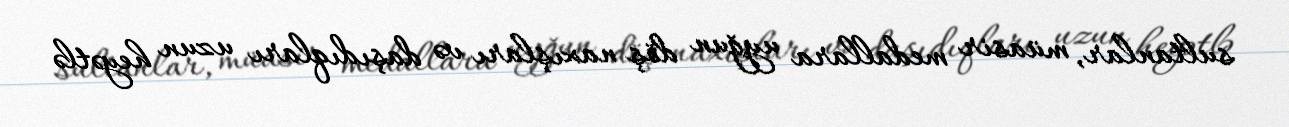
sultanlar, müasir medallara uyğun döş naxışları və daşıdıqları uzun heyətlə